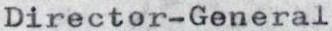
Director-General